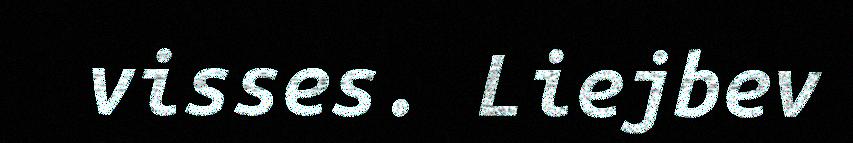
visses. Liejbev